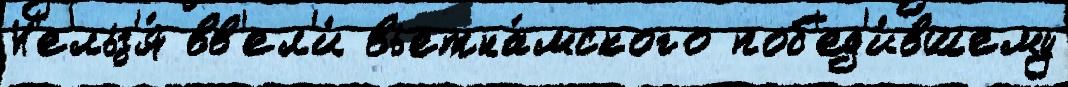
Н'ельз'я́ вв'ел'и́ вьетна́мского поб'ед'и́вшему